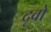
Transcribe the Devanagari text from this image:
दृवो